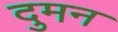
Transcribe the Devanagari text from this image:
दुमन